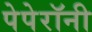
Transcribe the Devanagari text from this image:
पेपेरॉनी